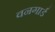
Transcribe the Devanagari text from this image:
वनगार्ड